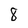
Character: 8